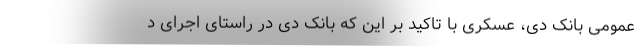
عمومی بانک دی، عسکری با تاکید بر این که بانک دی در راستای اجرای د